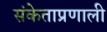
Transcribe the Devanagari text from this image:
संकेताप्रणाली